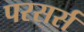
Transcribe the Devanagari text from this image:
परसर्स